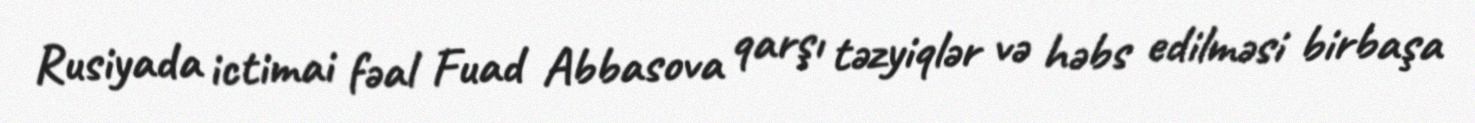
Rusiyada ictimai fəal Fuad Abbasova qarşı təzyiqlər və həbs edilməsi birbaşa